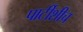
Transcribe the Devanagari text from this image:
पार्टीशीच